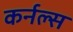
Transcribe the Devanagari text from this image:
कर्नल्स